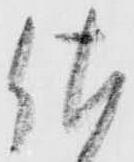
佐